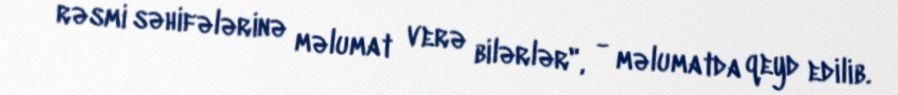
rəsmi səhifələrinə məlumat verə bilərlər", - məlumatda qeyd edilib.